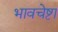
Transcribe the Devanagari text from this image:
भावचेष्टा